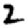
Digit: 2